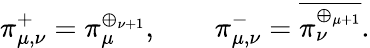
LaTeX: \pi_{\mu,\nu}^{+}=\pi_{\mu}^{\oplus_{\nu+1}},\qquad\pi_{\mu,\nu}^{-}={\overline{{\pi_{\nu}^{\oplus_{\mu+1}}}}}.